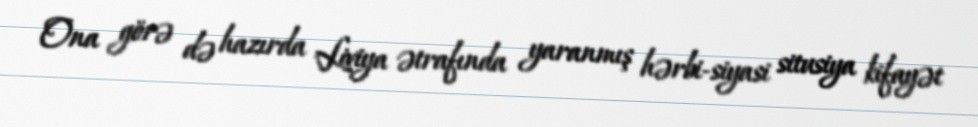
Ona görə də hazırda Liviya ətrafında yaranmış hərbi-siyasi situsiya kifayət